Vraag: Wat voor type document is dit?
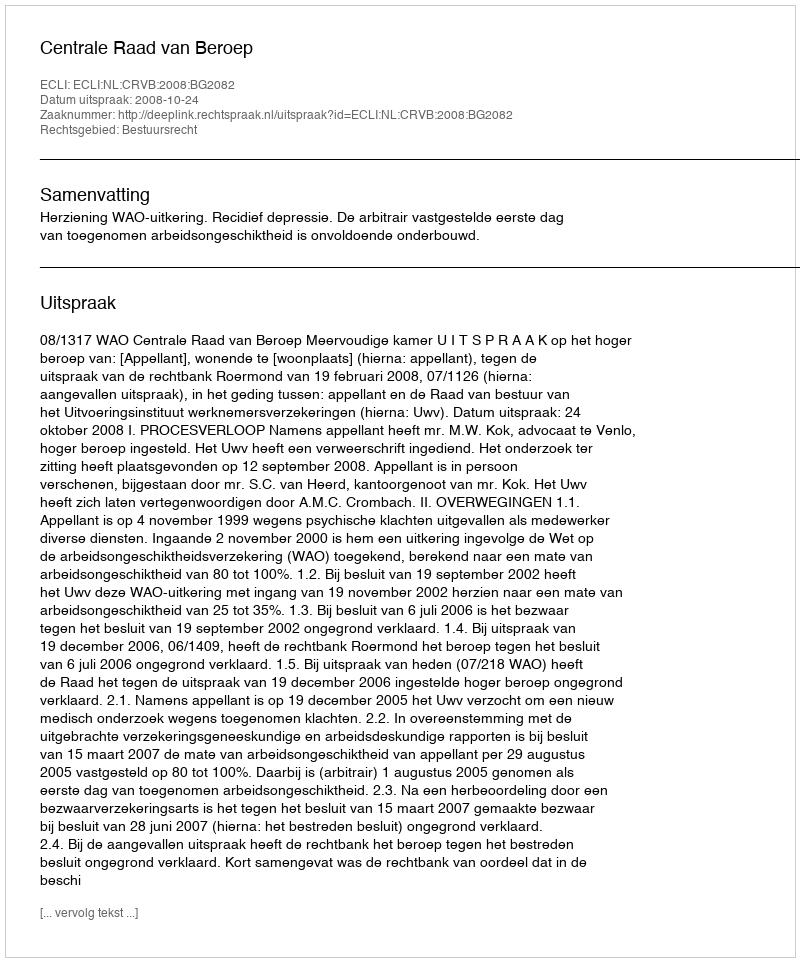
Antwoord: Uitspraak